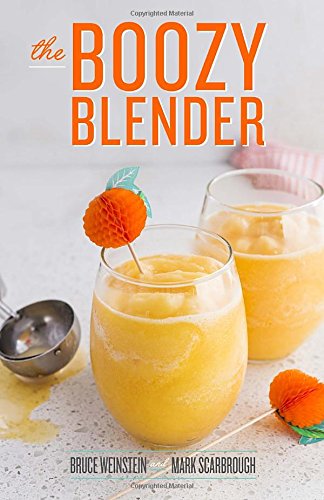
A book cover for The Boozy Blender; Bruce Weinstein; Cookbooks, Food & Wine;